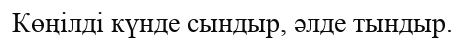
Көңілді күнде сындыр, әлде тындыр.